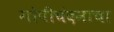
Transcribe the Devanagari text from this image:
गोपीचंदनाचा